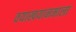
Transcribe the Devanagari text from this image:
वयाखयानमाला